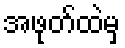
အဖုတ်ထဲမှ